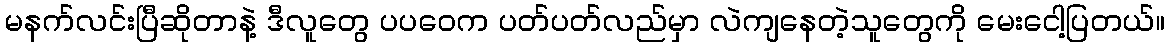
မနက်လင်းပြီဆိုတာနဲ့ ဒီလူတွေ ပပဝေက ပတ်ပတ်လည်မှာ လဲကျနေတဲ့သူတွေကို မေးငေါ့ပြတယ်။